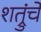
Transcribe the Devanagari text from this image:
शत्रुंचे